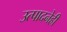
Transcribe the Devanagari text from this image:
उत्पादनेही